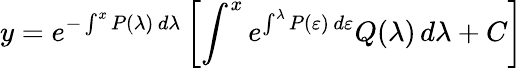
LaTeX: y=e^{-\int^{x}P(\lambda)\, d\lambda}\left[\int^{x}e^{\int^{\lambda}P(\varepsilon)\, d\varepsilon}Q(\lambda)\, d\lambda+C\right]